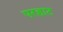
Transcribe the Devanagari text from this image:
परहाट